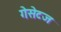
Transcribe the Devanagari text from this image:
गेसेटज